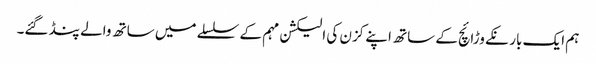
ہم ایک بار نکے وڑائچ کے ساتھ اپنے کزن کی الیکشن مہم کے سلسلے میں ساتھ والے پنڈ گئے۔